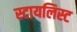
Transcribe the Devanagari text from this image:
स्टायलिस्ट